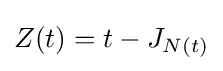
Z(t)=t-J_{N(t)}